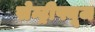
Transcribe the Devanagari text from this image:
सेन्ट्रीफ्यूज